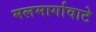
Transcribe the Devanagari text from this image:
मलमार्गावाटे